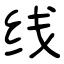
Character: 线